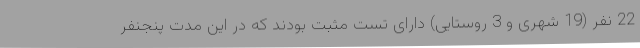
22 نفر (19 شهری و 3 روستایی) دارای تست مثبت بودند که در این مدت پنجنفر